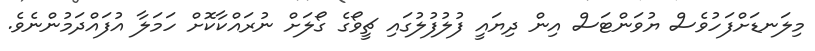
މިލަނޑަށްފަހުވެސް ޔުވަންޓަސް އިން ދިޔައީ ފުލުފުލުގައި ޗީވޯގެ ގޯލަށް ނުރައްކާކޮށް ހަމަލާ އުފައްދަމުންނެވެ.